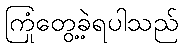
ကြုံတွေ့ခဲ့ရပါသည်